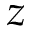
z